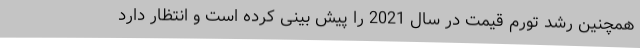
همچنین رشد تورم قیمت در سال 2021 را پیش بینی کرده است و انتظار دارد